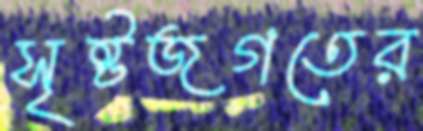
সৃষ্টজগতের